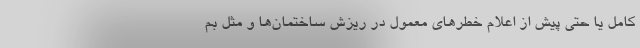
كامل يا حتي پيش از اعلام خطرهاي معمول در ريزش ساختمان‌ها و مثل بم